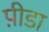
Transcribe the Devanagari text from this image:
प़ीडा